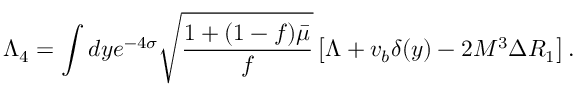
\Lambda _ { 4 } = \int d y e ^ { - 4 \sigma } \sqrt { \frac { 1 + ( 1 - f ) \bar { \mu } } { f } } \left[ \Lambda + v _ { b } \delta ( y ) - 2 M ^ { 3 } \Delta R _ { 1 } \right] .